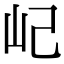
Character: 屺